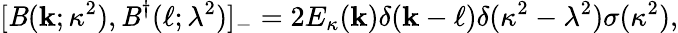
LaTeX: [\mathit{B}({\mathbf{k}};\kappa^{2}),\mathit{B}^{\dagger}({\mathbf{\ell}};\lambda^{2})]_{-}=2E_{\kappa}({\mathbf{k}})\delta({\mathbf{k}}-{\mathbf{\ell}})\delta(\kappa^{2}-\lambda^{2})\sigma(\kappa^{2}),